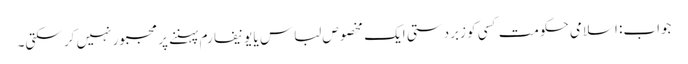
جواب: اسلامی حکومت کسی کو زبردستی ایک مخصوص لباس یا یونیفارم پہننے پر مجبور نہیں کر سکتی۔